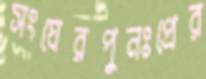
সংঘেরপুনঃপ্রের